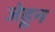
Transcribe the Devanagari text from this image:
जेहून